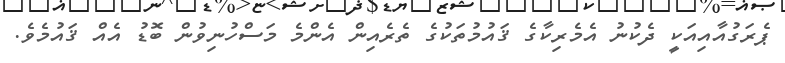
ޕެރަގުއާއިއަކީ ދެކުނު އެމެރިކާގެ ޤައުމުތަކުގެ ތެރެއިން އެންމެ މަސްހުނިވުން ބޮޑު އެއް ޤައުމެވެ.